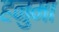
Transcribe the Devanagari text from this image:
हनुमा